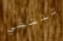
تلتقي